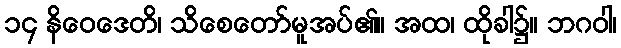
၁၄ နိဝေဒေတိ၊ သိစေတော်မူအပ်၏။ အထ၊ ထိုခါ၌။ ဘဂဝါ၊